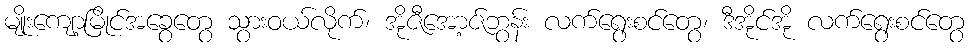
မျိုးကျော့မြိုင်အခွေတွေ သွားဝယ်လိုက်၊ အိုဇီအော့ဇ်ဘွန်း လက်ရွေးစင်တွေ၊ ဒီအိုင်အို လက်ရွေးစင်တွေ